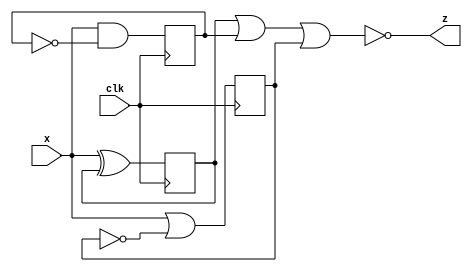
module top_module (
    input clk,
    input x,
    output z
);
    
  reg dff1, dff2, dff3;
  
  always @(posedge clk) begin 
    dff1 <= (x ^ dff1);
    dff2 <= (x & ~dff2);
    dff3 <= (x | ~dff3);
  end
    
  assign z = ~(dff1 | dff2 | dff3);

endmodule